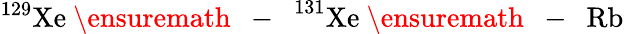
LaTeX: ^{129}\mathrm{Xe}\mathrm{~\ensuremath~{~-~}~}^{131}\mathrm{Xe}\mathrm{~\ensuremath~{~-~}~}\mathrm{Rb}